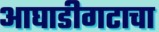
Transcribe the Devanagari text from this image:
आघाडीगटाचा